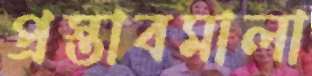
প্রস্তাবমালা